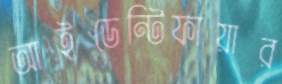
আইডেন্টিফায়ার